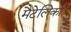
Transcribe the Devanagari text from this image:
मैटेलिका